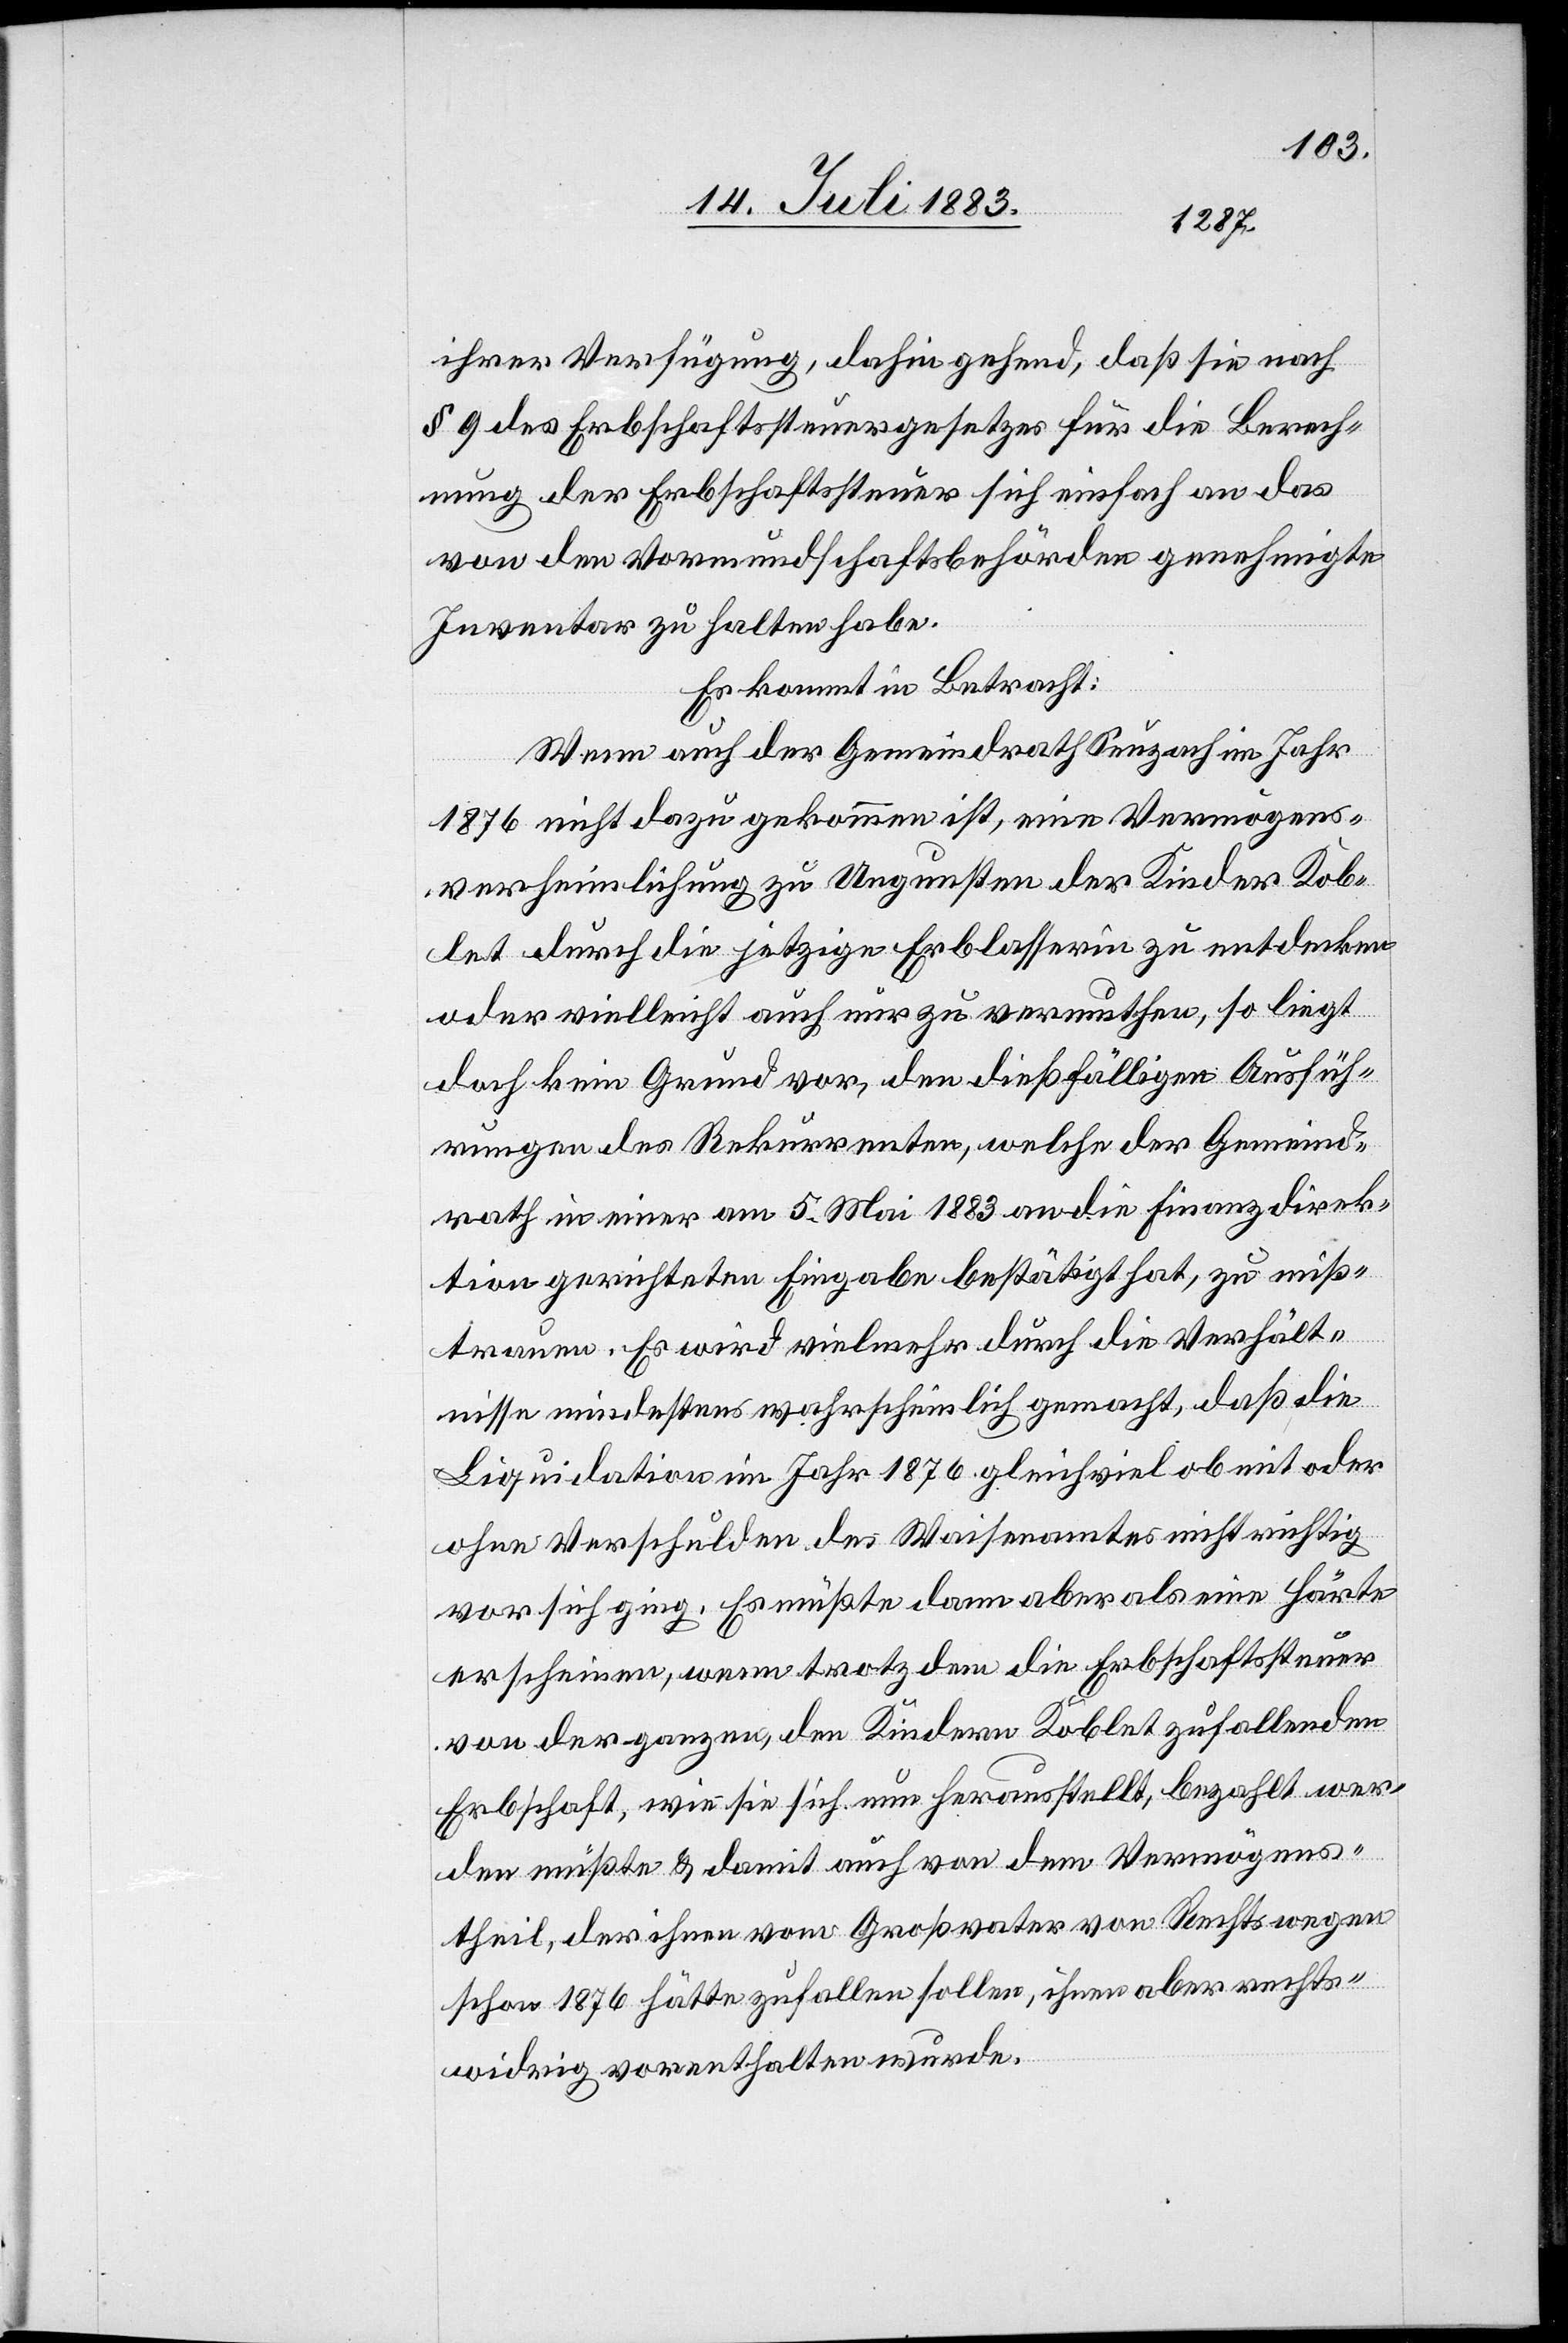
ihrer Verfügung, dahin gehend, daß sie nach
§ 9 des Erbschaftssteuergesetzes für die Berech¬
nung der Erbschaftssteuer sich einfach an das
von den Vormundschaftsbehörden genehmigte
Inventar zu halten habe.
Es kommt in Betracht:
Wenn auch der Gemeindrath Seuzach im Jahr
1876 nicht dazu gekommen ist, eine Vermögens¬
verheimlichung zu Ungunsten der Kinder Kob¬
let durch die jetzige Erblasserin zu entdecken
oder vielleicht auch nur zu vermuthen, so liegt
doch kein Grund vor, den dießfälligen Ausfüh¬
rungen des Rekurrenten, welche der Gemeind¬
rath in einer am 5. Mai 1883 an die Finanzdirek¬
tion gerichteten Eingabe bestätigt hat, zu miß¬
trauen. Es wird vielmehr durch die Verhält¬
nisse mindestens wahrscheinlich gemacht, daß die
Liquidation im Jahr 1876 gleichviel ob mit oder
ohne Verschulden des Waisenamtes nicht richtig
vor sich ging. Es müßte dann aber als eine Härte
erscheinen, wenn trotzdem die Erbschaftssteuer
von der ganzen den Kindern Koblet zufallenden
Erbschaft, wie sie sich nun herausstellt, bezahlt wer¬
den müßte & damit auch von dem Vermögens¬
theil, der ihnen vom Großvater von Rechtswegen
schon 1876 hätte zufallen sollen, ihnen aber rechts¬
widrig vorenthalten wurde.